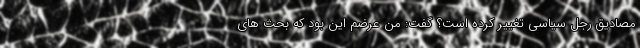
مصادیق رجل سیاسی تغییر کرده است؟ گفت: من عرضم این بود که بحث های